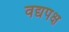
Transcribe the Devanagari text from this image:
वद्यपक्ष